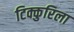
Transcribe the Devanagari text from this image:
टिक्कुरिला